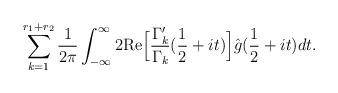
LaTeX: \begin{align*}\sum_{k=1}^{r_1+r_2}\frac{1}{2\pi}\int _{-\infty}^\infty 2\mathrm{Re}\Big[\frac{\Gamma'_k}{\Gamma_k}(\frac12+it)\Big]\hat{g}(\frac12+it)dt.\end{align*}